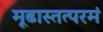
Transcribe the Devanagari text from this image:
मूढास्तत्परमं